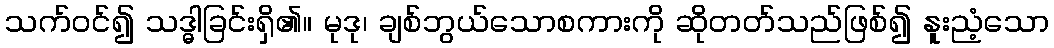
သက်ဝင်၍ သဒ္ဓါခြင်းရှိ၏။ မုဒု၊ ချစ်ဘွယ်သောစကားကို ဆိုတတ်သည်ဖြစ်၍ နူးညံ့သော